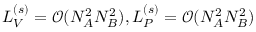
L _ { V } ^ { ( s ) } = \mathcal { O } ( N _ { A } ^ { 2 } N _ { B } ^ { 2 } ) , L _ { P } ^ { ( s ) } = \mathcal { O } ( N _ { A } ^ { 2 } N _ { B } ^ { 2 } )